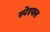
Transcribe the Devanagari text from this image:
स्पेश्यल